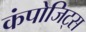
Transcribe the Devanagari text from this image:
कंपोजिट्स